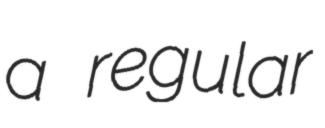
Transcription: a regular